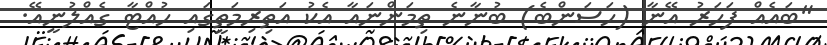
"ބައެއް ފަހަރު އޭނާ (ހަސަންބެ) ބުނާނެ ތިމަންނައާ އެކު އަތިރިމަތީގައި ހުއްޓާ ގެއްލުނީއޭ.